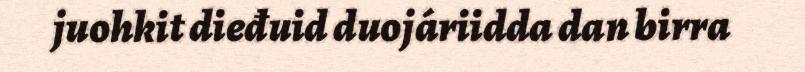
juohkit dieđuid duojáriidda dan birra